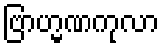
ဗြာဟ္မဏကုလာ